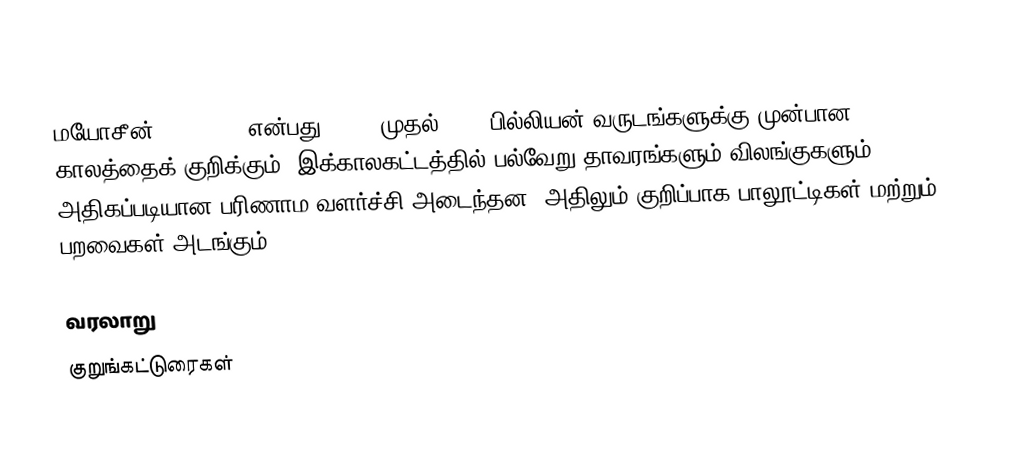
மயோசீன் (Miocene) என்பது 23.03 முதல் 5.33 பில்லியன் வருடங்களுக்கு முன்பான காலத்தைக் குறிக்கும். இக்காலகட்டத்தில் பல்வேறு தாவரங்களும் விலங்குகளும் அதிகப்படியான பரிணாம வளர்ச்சி அடைந்தன, அதிலும் குறிப்பாக பாலூட்டிகள் மற்றும் பறவைகள் அடங்கும்.

வரலாறு
குறுங்கட்டுரைகள்